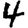
Digit: 4